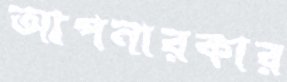
আপনারকার